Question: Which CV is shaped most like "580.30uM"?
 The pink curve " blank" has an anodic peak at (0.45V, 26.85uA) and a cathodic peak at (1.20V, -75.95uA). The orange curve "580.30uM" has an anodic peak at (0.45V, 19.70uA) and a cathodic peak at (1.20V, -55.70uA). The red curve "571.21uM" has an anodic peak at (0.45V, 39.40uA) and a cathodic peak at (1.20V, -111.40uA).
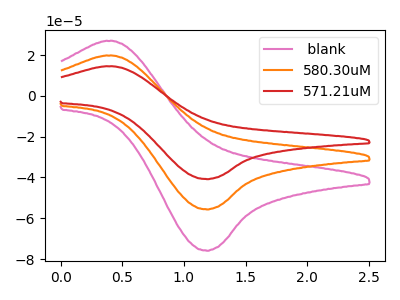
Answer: <think>All the peaks in " blank" have a peak in "580.30uM" at the same potential. Every peak in " blank" is higher than every peak in "580.30uM". All the peaks in " blank" have a peak in "571.21uM" at the same potential. Every peak in " blank" is lower than every peak in "571.21uM". All the peaks in "580.30uM" have a peak in "571.21uM" at the same potential. Every peak in "580.30uM" is lower than every peak in "571.21uM".
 </think>
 <answer>"580.30uM" and "571.21uM" have a similar shape to " blank".</answer>
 <eval>"580.30uM" "571.21uM"</eval>